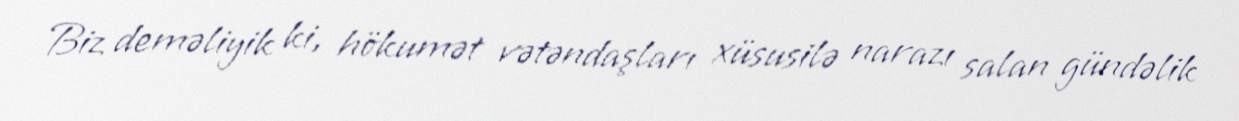
Biz deməliyik ki, hökumət vətəndaşları xüsusilə narazı salan gündəlik